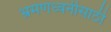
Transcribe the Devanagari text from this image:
भ्रमणध्वनीसाठी